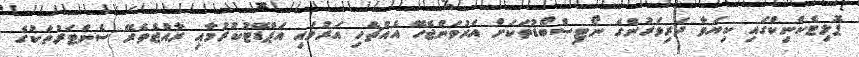
ޕޮލިޓެކްނިކްގައި ކިޔަވާ ދަރިވަރުންގެ ނޯޓިސްބޯޑުތަކަށް އަރުވަންޖެހޭ އެއްޗެހި އަރުވައި އަޕްޑޭޓުކުރުމާއި ރާއްޖެތެރޭ ސެންޓަރުތަކުގެ